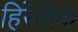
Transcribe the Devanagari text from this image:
हिरेतिक